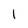
Character: 1